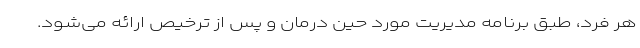
هر فرد، طبق برنامه مدیریت مورد حین درمان و پس از ترخیص ارائه می‌شود.